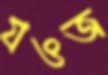
যওজ